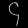
Digit: ၄